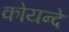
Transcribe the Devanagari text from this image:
कोयन्दे